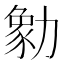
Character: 勨